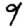
Digit: 9